Annual administration and progress report of the Indian Medical Department, Bombay
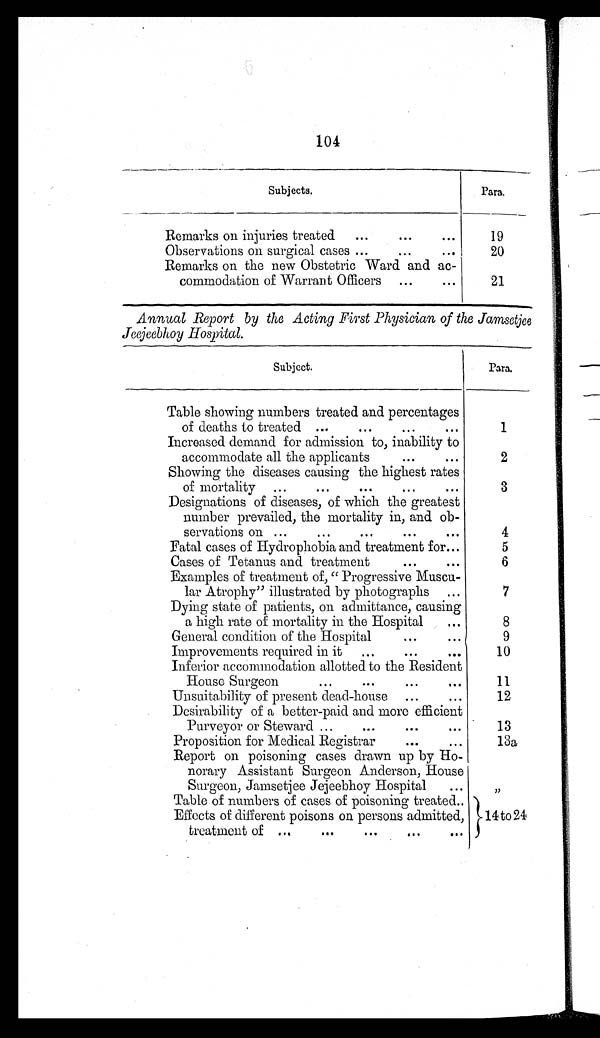
104
Subjects.
Para.
Remarks on injuries treated
...
...
...
19
Observations on surgical cases ... ... ...
20
Remarks on the new Obstetric Ward and ac-
commodation of Warrant Officers ...
...
21
Annual Report by the Acting First Physician of the Jamsetjee
Jeejeebhoy Hospital.
Subject.
Para.
Table showing numbers treated and percentages
of deaths to treated ...
...
...
•••
1
Increased demand for admission to, inability to
accommodate all the applicants
...
...
2
Showing the diseases causing the highest rates
of mortality ...
...
...
...
...
3
Designations of diseases, of which the greatest
number prevailed, the mortality in, and ob-
servations on ...
...
...
...
. . .
4
Fatal cases of Hydrophobia and treatment for...
5
Cases of Tetanus and treatment
...
...
6
Examples of treatment of, " Progressive Muscu-
lar Atrophy" illustrated by photographs ...
7
Dying state of patients, on admittance, causing
a high rate of mortality in the Hospital
...
8
General condition of the Hospital
... ...
9
Improvements required in it
...
...
...
10
Inferior accommodation allotted to the Resident
House Surgeon
. . .
•••
•••
...
11
Unsuitability of present dead-house ...
...
12
Desirability of a better-paid and more efficient
Purveyor or Steward ...
•••
•••
•••
13
Proposition for Medical Registrar
...
...
13a
Report on poisoning cases drawn up by Ho-
norary Assistant Surgeon Anderson, House
Surgeon, Jamsetjee Jejeebhoy Hospital
...
,,
Table of numbers of cases of poisoning treated..
Effects of different poisons on persons admitted,
treatment of ...
...
...
... ...
14 to 24